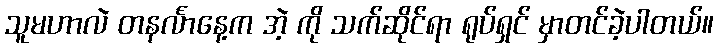
သူမဟာလဲ တနင်္လာနေ့က အဲ့ ကို သက်ဆိုင်ရာ ရုပ်ရှင် မှာတင်ခဲ့ပါတယ်။